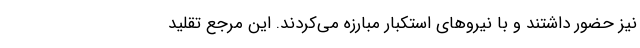
نیز حضور داشتند و با نیروهای استکبار مبارزه می‌کردند. این مرجع تقلید